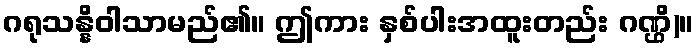
ဂရုသန္နိဝါသာမည်၏။ ဤကား နှစ်ပါးအထူးတည်း ဂဏ္ဌိ)။